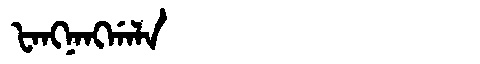
Manchu: ᡶᠠᠩᠨᠠᠩᡤᠠᠯᠠ
Romanization: FANGNANGGALA